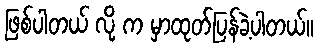
ဖြစ်ပါတယ် လို့ က မှာထုတ်ပြန်ခဲ့ပါတယ်။